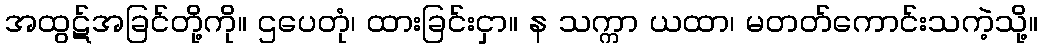
အထွဋ်အခြင်တို့ကို။ ဌပေတုံ၊ ထားခြင်းငှာ။ န သက္ကာ ယထာ၊ မတတ်ကောင်းသကဲ့သို့။